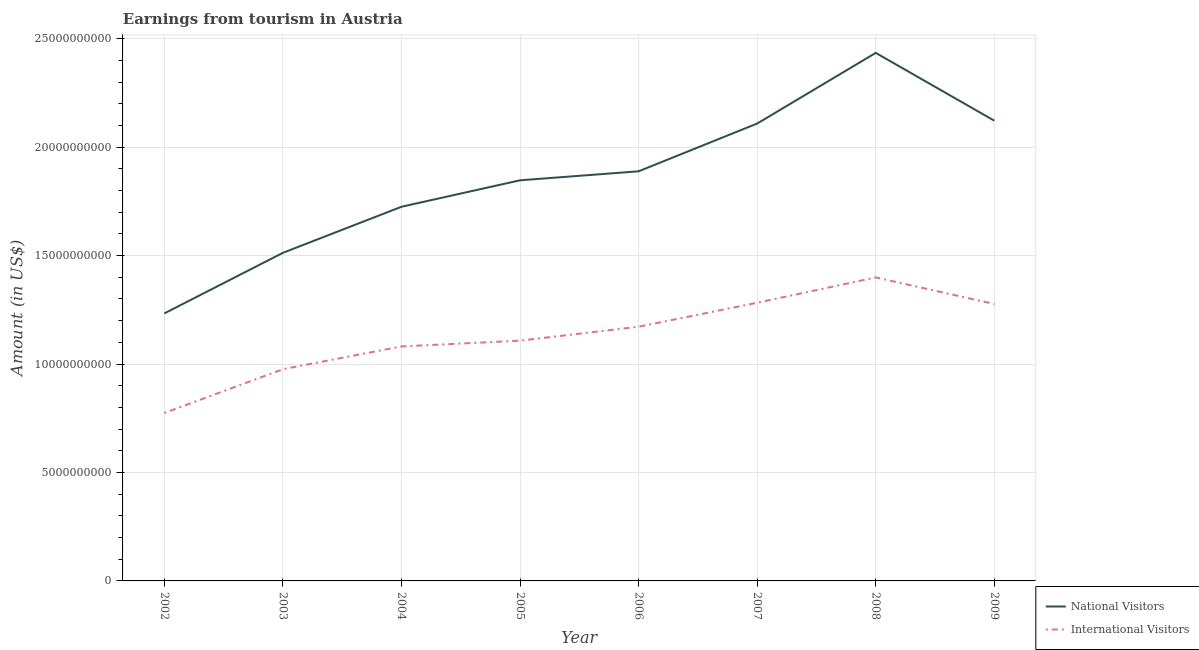
| Year | National Visitors | International Visitors |
 | --- | --- | --- |
 | 2002 | 1.23e+10 | 7.74e+09 |
 | 2003 | 1.51e+10 | 9.76e+09 |
 | 2004 | 1.73e+10 | 1.08e+10 |
 | 2005 | 1.85e+10 | 1.11e+10 |
 | 2006 | 1.89e+10 | 1.17e+10 |
 | 2007 | 2.11e+10 | 1.28e+10 |
 | 2008 | 2.43e+10 | 1.4e+10 |
 | 2009 | 2.12e+10 | 1.28e+10 |